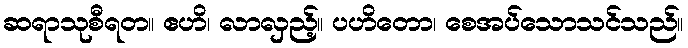
ဆရာသုစီရတ။ ဧဟိ၊ လာလှည့်။ ပဟိတော၊ စေအပ်သောသင်သည်။